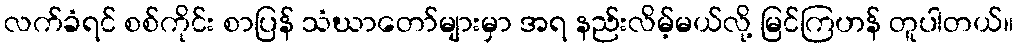
လက်ခံရင် စစ်ကိုင်း စာပြန် သံဃာတော်များမှာ အရ နည်းလိမ့်မယ်လို့ မြင်ကြဟန် တူပါတယ်။